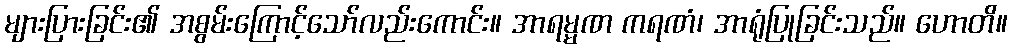
များပြားခြင်း၏ အစွမ်းကြောင့်သော်လည်းကောင်း။ အာရမ္မဏ ကရဏံ၊ အာရုံပြုခြင်းသည်။ ဟောတိ။